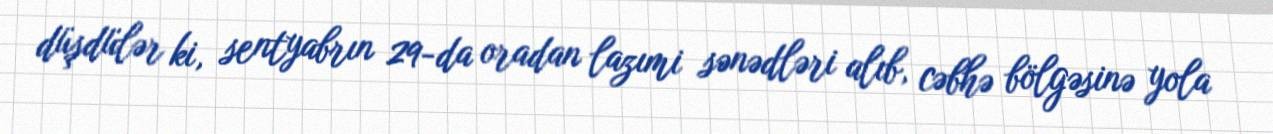
düşdülər ki, sentyabrın 29-da oradan lazımi sənədləri alıb, cəbhə bölgəsinə yola